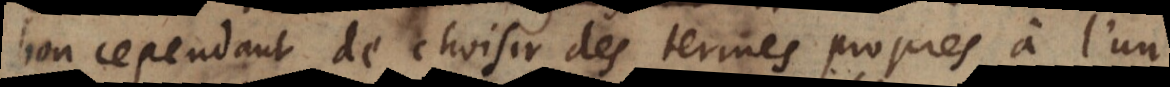
bon cependant de choisir des termes propres à l’un